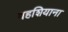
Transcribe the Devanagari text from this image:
वहशियाना